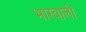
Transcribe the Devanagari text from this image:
भारवाली